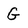
Character: G